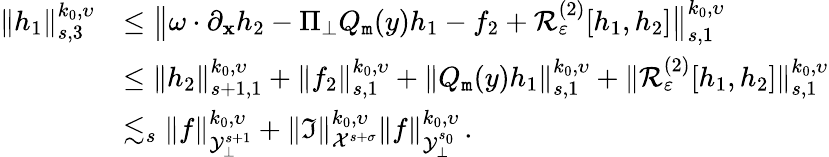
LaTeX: \begin{array}{rl}{\| h_{1}\| _{s,3}^{k_{0},\upsilon}}&{\leq\big\| \omega\cdot\partial_{\mathbf x}h_{2}-\Pi_{\bot}Q_{\mathtt m}(y)h_{1}-f_{2}+{\cal R}_{\varepsilon}^{(2)}[h_{1},h_{2}]\big\| _{s,1}^{k_{0},\upsilon}}\\ &{\leq\| h_{2}\| _{s+1,1}^{k_{0},\upsilon}+\| f_{2}\| _{s,1}^{k_{0},\upsilon}+\| Q_{\mathtt m}(y)h_{1}\| _{s,1}^{k_{0},\upsilon}+\| {\cal R}_{\varepsilon}^{(2)}[h_{1},h_{2}]\| _{s,1}^{k_{0},\upsilon}}\\ &{\lesssim_{s}\| f\| _{{\cal Y}_{\bot}^{s+1}}^{k_{0},\upsilon}+\| {\mathfrak I}\| _{{\cal X}^{s+\sigma}}^{k_{0},\upsilon}\| f\| _{{\cal Y}_{\bot}^{s_{0}}}^{k_{0},\upsilon}\, .}\end{array}